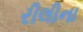
રીલીના